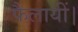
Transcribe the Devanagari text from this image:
फैलायीं।